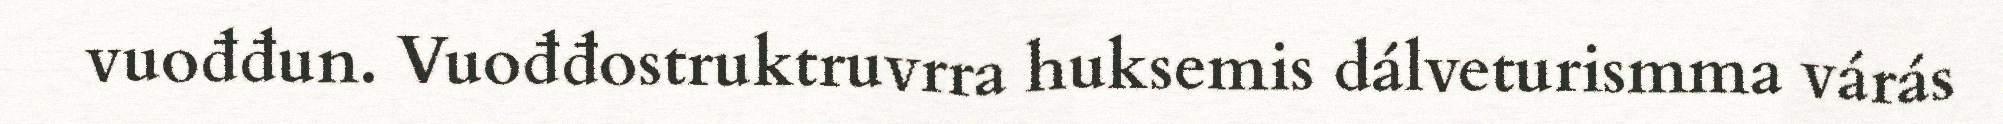
vuođđun. Vuođđostruktruvrra huksemis dálveturismma várás